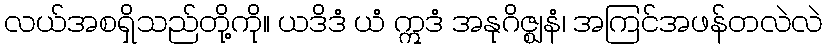
လယ်အစရှိသည်တို့ကို။ ယဒိဒံ ယံ ဣဒံ အနုဂိဇ္ဈနံ၊ အကြင်အဖန်တလဲလဲ